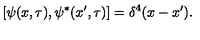
[ \psi ( x , \tau ) , \psi ^ { * } ( x ^ { \prime } , \tau ) ] = \delta ^ { 4 } ( x - x ^ { \prime } ) .